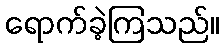
ရောက်ခဲ့ကြသည်။